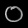
Digit: ၀